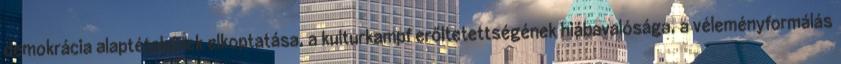
demokrácia alaptételeinek elkoptatása, a kulturkampf erőltetettségének hiábavalósága, a véleményformálás